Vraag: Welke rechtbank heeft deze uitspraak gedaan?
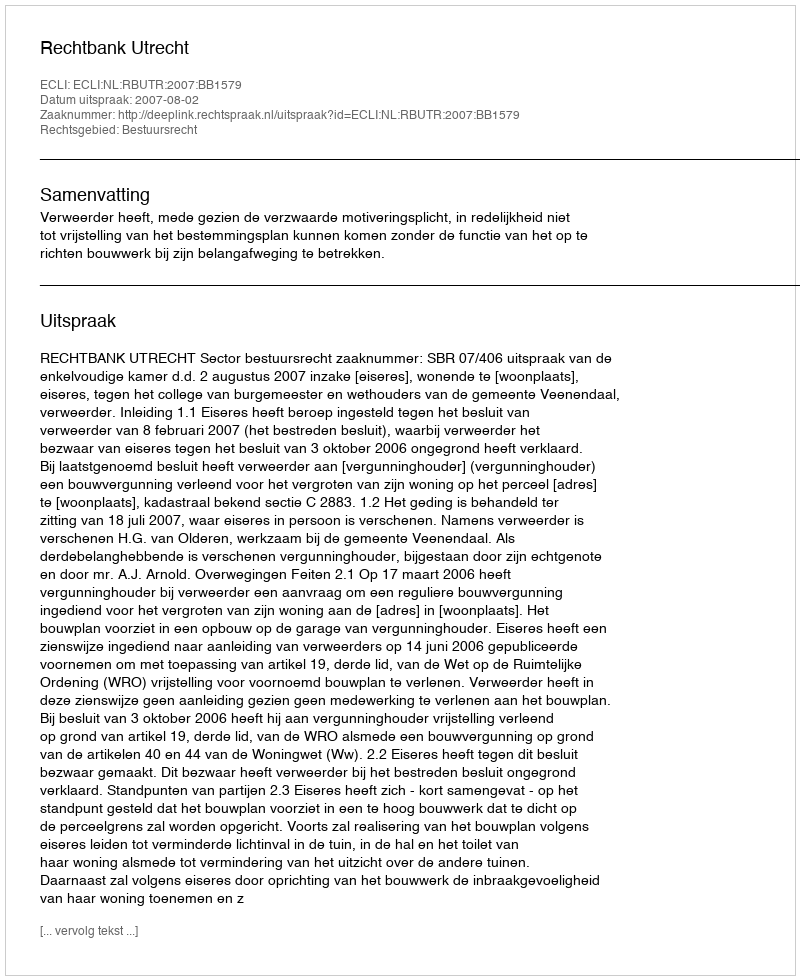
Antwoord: Rechtbank Utrecht